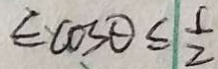
\leq \cos \theta \leq \frac { 1 } { 2 }